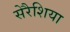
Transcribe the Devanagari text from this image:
सेरैशिया